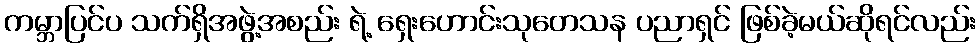
ကမ္ဘာပြင်ပ သက်ရှိအဖွဲ့အစည်း ရဲ့ ရှေးဟောင်းသုတေသန ပညာရှင် ဖြစ်ခဲ့မယ်ဆိုရင်လည်း